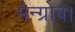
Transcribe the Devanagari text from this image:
मैन्ग्रोव।